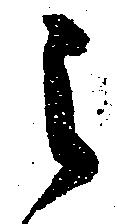
之